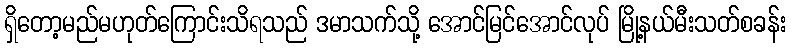
ရှိတော့မည်မဟုတ်ကြောင်းသိရသည် ဒမာသက်သို့ အောင်မြင်အောင်လုပ် မြို့နယ်မီးသတ်စခန်း